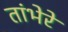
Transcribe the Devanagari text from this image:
तांभेरे